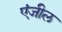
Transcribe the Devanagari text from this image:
एंजील